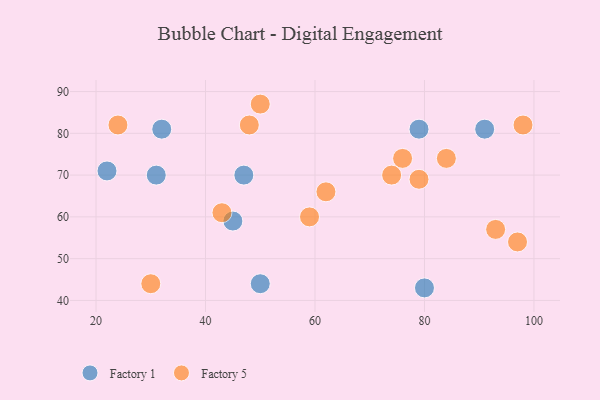
{"axis": {"x": "GDP", "y": "Life Expectancy"}, "legend": ["Factory 1", "Factory 5"], "data": [{"x": "80", "y": 43, "type": "Factory 1"}, {"x": "91", "y": 81, "type": "Factory 1"}, {"x": "45", "y": 59, "type": "Factory 1"}, {"x": "31", "y": 70, "type": "Factory 1"}, {"x": "22", "y": 71, "type": "Factory 1"}, {"x": "32", "y": 81, "type": "Factory 1"}, {"x": "79", "y": 81, "type": "Factory 1"}, {"x": "50", "y": 44, "type": "Factory 1"}, {"x": "47", "y": 70, "type": "Factory 1"}, {"x": "62", "y": 66, "type": "Factory 5"}, {"x": "24", "y": 82, "type": "Factory 5"}, {"x": "76", "y": 74, "type": "Factory 5"}, {"x": "79", "y": 69, "type": "Factory 5"}, {"x": "50", "y": 87, "type": "Factory 5"}, {"x": "93", "y": 57, "type": "Factory 5"}, {"x": "30", "y": 44, "type": "Factory 5"}, {"x": "48", "y": 82, "type": "Factory 5"}, {"x": "59", "y": 60, "type": "Factory 5"}, {"x": "84", "y": 74, "type": "Factory 5"}, {"x": "98", "y": 82, "type": "Factory 5"}, {"x": "74", "y": 70, "type": "Factory 5"}, {"x": "43", "y": 61, "type": "Factory 5"}, {"x": "97", "y": 54, "type": "Factory 5"}]}